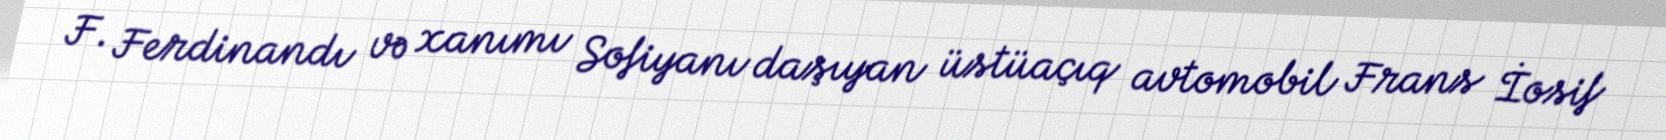
F. Ferdinandı və xanımı Sofiyanı daşıyan üstüaçıq avtomobil Frans İosif